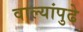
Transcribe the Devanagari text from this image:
वाल्यांपुढे